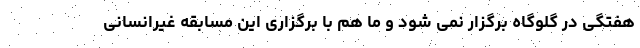
هفتگی در گلوگاه برگزار نمی شود و ما هم با برگزاری این مسابقه غیرانسانی